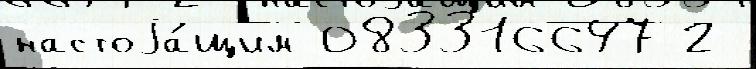
настоjа́щим 083316647 2